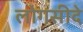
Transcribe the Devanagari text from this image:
लोगसीदे